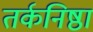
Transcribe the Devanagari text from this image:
तर्कनिष्ठा